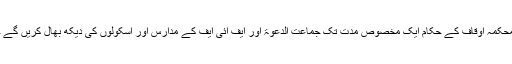
دوسری جانب ایک حکومتی حکام نے بتایا کہ محکمہ اوقاف کے حکام ایک مخصوص مدت تک جماعت الدعوۃ اور ایف آئی ایف کے مدارس اور اسکولوں کی دیکھ بھال کریں گے جبکہ ان کے خطیب تبدیل نہیں کیے جائیں گے۔